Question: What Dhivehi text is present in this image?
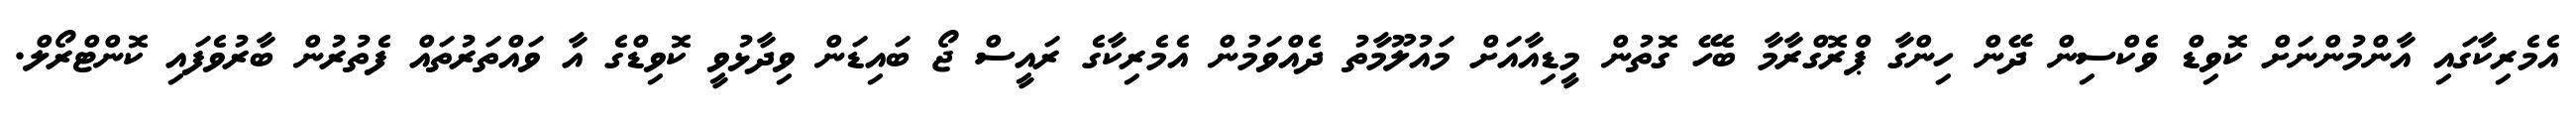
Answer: އެމެރިކާގައި އާންމުންނަށް ކޮވިޑް ވެކްސިން ދޭން ހިންގާ ޕްރޮގްރާމާ ބެހޭ ގޮތުން މީޑިއާއަށް މައުލޫމާތު ދެއްވަމުން އެމެރިކާގެ ރައީސް ޖޯ ބައިޑަން ވިދާޅުވީ ކޮވިޑްގެ އާ ވައްތަރުތައް ފެތުރުން ބާރުވެފައި ކޮންޓްރޯލް.